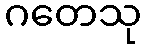
ဂတေသု